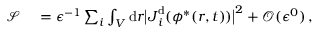
\begin{array} { r l } { \mathcal { S } } & { { } = \epsilon ^ { - 1 } \sum _ { i } \int _ { V } \mathrm { d } \boldsymbol { r } \big \vert \boldsymbol { J } _ { i } ^ { \mathrm { d } } ( \phi ^ { * } ( \boldsymbol { r } , t ) ) \big \vert ^ { 2 } + \mathcal { O } ( \epsilon ^ { 0 } ) \, , } \end{array}